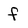
Character: f